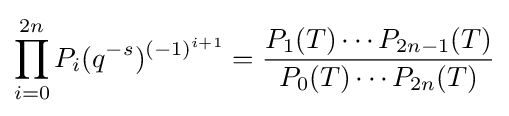
\prod _{i=0}^{2n}P_{i}(q^{-s})^{(-1)^{i+1}}={\frac {P_{1}(T)\dotsb P_{2n-1}(T)}{P_{0}(T)\dotsb P_{2n}(T)}}